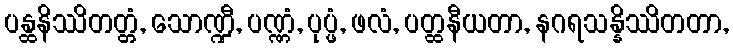
ပန္ထနိဿိတတ္တံ, သောဏ္ဍီ, ပဏ္ဏံ, ပုပ္ဖံ, ဖလံ, ပတ္ထနီယတာ, နဂရသန္နိဿိတတာ,